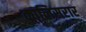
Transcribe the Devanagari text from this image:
कालिसरार